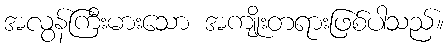
အလွန်ကြီးမားသော အကျိုးတရားဖြစ်ပါသည်။